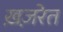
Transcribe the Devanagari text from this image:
ख़ज़रेत